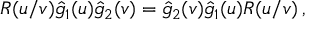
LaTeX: R ( u / v ) \hat { g } _ { 1 } ( u ) \hat { g } _ { 2 } ( v ) = \hat { g } _ { 2 } ( v ) \hat { g } _ { 1 } ( u ) R ( u / v ) \, ,